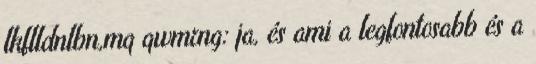
lkflldnlbn,mq qwmrng: ja, és ami a legfontosabb és a